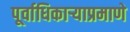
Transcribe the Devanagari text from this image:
पूर्वाधिकार्‍याप्रमाणे